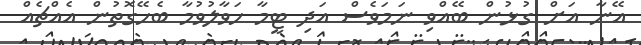
އޭނާ އަށް ގުޅުން ބޭއްވި ނަމަވެސް އަދި ޓީމާ ހަވާލުވުމާ ބެހޭގޮތުން އެއްޗެއް